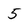
Character: 5